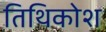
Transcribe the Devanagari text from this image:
तिथिकोश